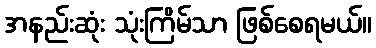
အနည်းဆုံး သုံးကြိမ်သာ ဖြစ်စေရမယ်။